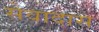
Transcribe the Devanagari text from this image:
सेवादास